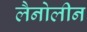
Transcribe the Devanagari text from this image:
लैनोलीन